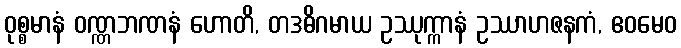
ဝုစ္စမာနံ ဝဏ္ဏဘဏနံ ဟောတိ, တဒဓိဂမာယ ဥဿုက္ကာနံ ဥဿာဟဇနကံ, ဧဝမေဝ